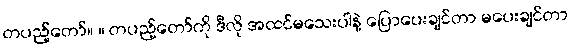
တပည့်တော်။ ။ တပည့်တော်ကို ဒီလို အထင်မသေးပါနဲ့ ပြောပေးချင်တာ မပေးချင်တာ